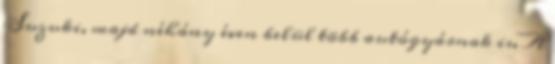
Suzuki, majd néhány éven belül több autógyárnak is. A